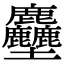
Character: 𪋻